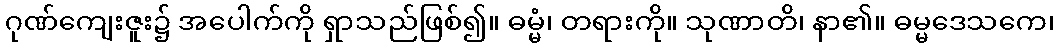
ဂုဏ်ကျေးဇူး၌ အပေါက်ကို ရှာသည်ဖြစ်၍။ ဓမ္မံ၊ တရားကို။ သုဏာတိ၊ နာ၏။ ဓမ္မဒေသကေ၊